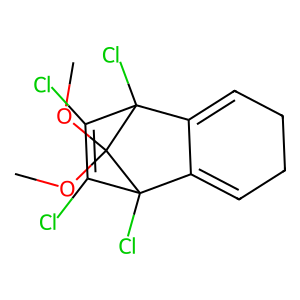
SMILES: COC1(OC)C2(Cl)C3=CCCC=C3C1(Cl)C(Cl)=C2Cl
Inhibits HIV replication: No